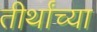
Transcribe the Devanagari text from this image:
तीर्थांच्या